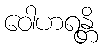
ဝေါဟရန္တိ